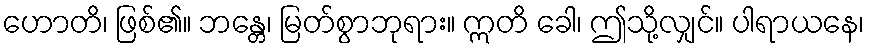
ဟောတိ၊ ဖြစ်၏။ ဘန္တေ၊ မြတ်စွာဘုရား။ ဣတိ ခေါ၊ ဤသို့လျှင်။ ပါရာယနေ၊